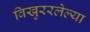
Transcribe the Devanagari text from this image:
विखुररलेल्या